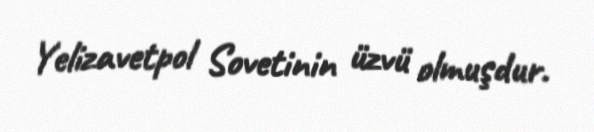
Yelizavetpol Sovetinin üzvü olmuşdur.